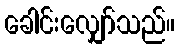
ခေါင်းလျှော်သည်။